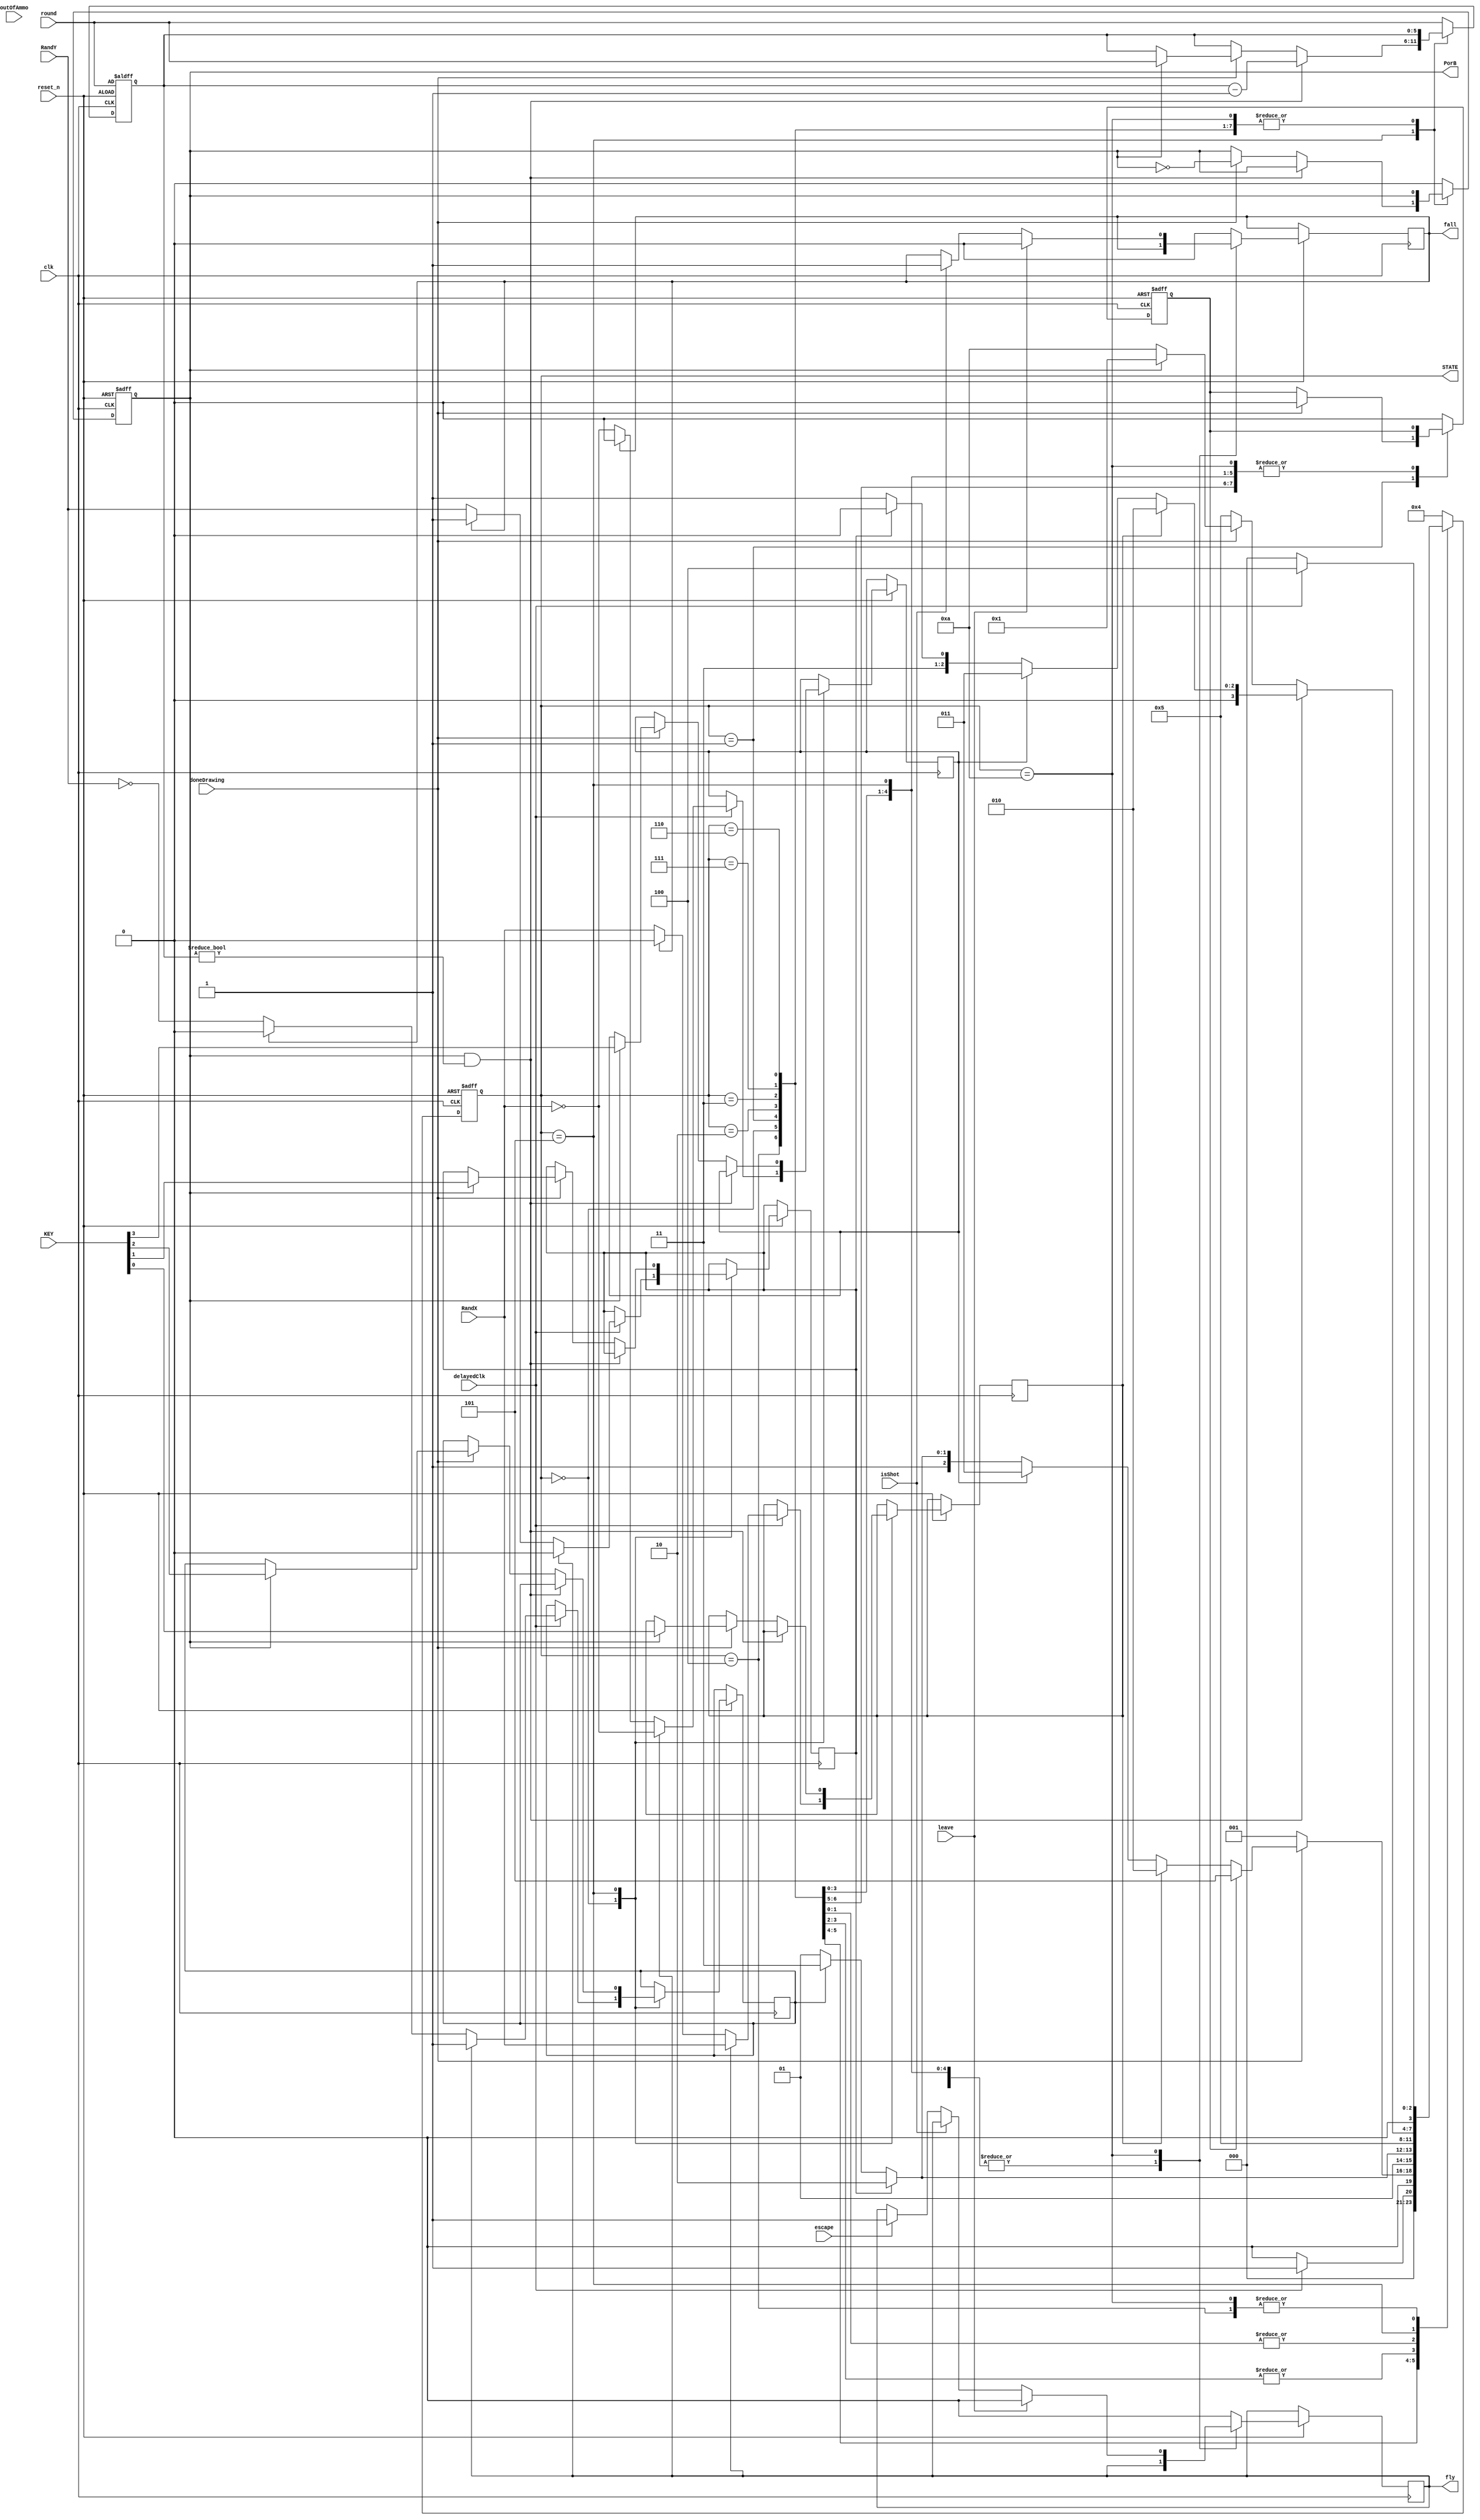
module MovementFSM(clk, reset_n, KEY, STATE, doneDrawing, delayedClk, isShot, outOfAmmo, PorB, RandX, RandY, escape, fly, fall, leave, round);
	input clk;
	input reset_n;
	input [3:0] KEY;
	input doneDrawing;
	input delayedClk;
	input isShot;
	input escape;
	input outOfAmmo;
	input RandX;
	input RandY;
	input [5:0] round;
	
	input leave;
	output reg fly;
	output reg fall;

	output reg [3:0] STATE;
	output reg       PorB;
	
	reg RIGHT;
	reg DOWN;
	reg UP;
	reg LEFT;
	
	reg [5:0] birdTurn;
	reg reset;
	
	localparam S_PREHOLD   = 4'b0100,
				  S_HOLD      = 4'b0000,
				  S_P_CLEAR   = 4'b0001,
				  S_P_LEFT    = 4'b0011,
				  S_P_RIGHT   = 4'b0010,
				  S_P_DOWN    = 4'b0110,
				  S_P_UP      = 4'b0111,
				  S_P_DRAW    = 4'b0101,
				  S_P_SHOT    = 4'b1000,
				  S_P_ESCAPED = 4'b1001,
				  S_P_IS_SHOT = 4'b1010;
	
	always @ (posedge clk, negedge reset_n)
	begin
		if(~reset_n)
		begin
			STATE <= S_P_CLEAR;
			reset <= 1;
			PorB  <= 0;
			birdTurn <= round;
		end
		
		else
		begin
			case(STATE)
				S_PREHOLD:
				begin
					if(~delayedClk) // Until off tick
						STATE <= S_HOLD;
					else
						STATE <= S_PREHOLD;
				end
				
				S_HOLD:
				begin
					if(delayedClk) // Until on tick
					begin
						if(fly)
						begin
							RIGHT <= RandX;
							DOWN  <= 0;
							UP    <= 1;
							LEFT  <= ~RandX;
							STATE <= S_P_CLEAR;
						end
						else if(fall)
						begin
							RIGHT <= 0;
							DOWN  <= 1;
							UP    <= 0;
							LEFT  <= 0;
							STATE <= S_P_CLEAR;
						end
						else
						begin
							RIGHT <= RandX;
							DOWN  <= RandY;
							UP    <= ~RandY;
							LEFT  <= ~RandX;
							STATE <= S_P_CLEAR;
						end
					end
					else
						STATE <= S_HOLD;
				end
				
				S_P_CLEAR: // Wipes away previous failures
				begin
					if(doneDrawing)
					begin
						if(reset)
						begin
							reset <= 0;
							STATE <= S_P_DRAW;
						end
						else if(RIGHT)
							STATE <= S_P_RIGHT;
						else if(LEFT)
							STATE <= S_P_LEFT;
						else if(DOWN)
							STATE <= S_P_DOWN;
						else if(UP)
							STATE <= S_P_UP;
						else
							STATE <= S_P_DRAW;
					end
					else
						STATE <= S_P_CLEAR;
				end
				
				S_P_RIGHT:
				begin
					if(DOWN)
						STATE <= S_P_DOWN;
					else if(UP)
						STATE <= S_P_UP;
					else
						STATE <= S_P_DRAW;
				end
				
				S_P_LEFT:
				begin
					if(DOWN)
						STATE <= S_P_DOWN;
					else if(UP)
						STATE <= S_P_UP;
					else
						STATE <= S_P_DRAW;
				end
				
				S_P_UP:
					STATE <= S_P_DRAW;
				
				S_P_DOWN:
					STATE <= S_P_DRAW;
				
				S_P_DRAW:
				begin
					if(PorB && birdTurn != 0)
					begin
						birdTurn <= birdTurn - 1;
						if(RIGHT)
							STATE <= S_P_RIGHT;
						else if(LEFT)
							STATE <= S_P_LEFT;
						else if(DOWN)
							STATE <= S_P_DOWN;
						else
							STATE <= S_P_UP;
					end
				
					else if(doneDrawing)
					begin
						PorB <= ~PorB;
						
						if(PorB)
						begin
							birdTurn <= round;
							RIGHT <= KEY[0];
							DOWN  <= KEY[1];
							UP    <= KEY[2];
							LEFT  <= KEY[3];
							STATE <= S_P_CLEAR;
						end
						
						else
							STATE <= S_P_IS_SHOT;
					end
					else
						STATE <= S_P_DRAW;
				end
				
				S_P_IS_SHOT:
				begin
					if(leave)
					begin
						fly <= 0;
						fall <= 0;
					end
					else if(isShot)
						fall <= 1;
					else if(escape)
						fly <= 1;
					if(delayedClk)
						STATE <= S_PREHOLD;
					else
						STATE <= S_HOLD;
				end
				
				default:
				begin
					STATE <= S_PREHOLD;
					reset <= 0;
					PorB  <= 0;
					fly   <= 0;
					fall  <= 0;
					birdTurn <= round;
				end
			endcase
		end
	end
endmodule